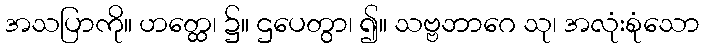
အသပြာကို။ ဟတ္ထေ၊ ၌။ ဌပေတွာ၊ ၍။ သဗ္ဗဘာဂေ သု၊ အလုံးစုံသော